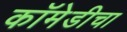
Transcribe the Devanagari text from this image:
कॉमेडीचा